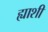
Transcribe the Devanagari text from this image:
ह्याशी